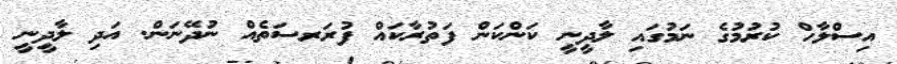
އިސްލާހް ކުރުމުގެ ނަމުގައި ލާދީނީ ކަންކަން ފަތުރާކައް ފުރަރސަތެއް ނުދޭނަން. އަދި ލާދީނީ